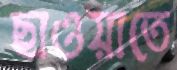
ছাওয়াতে